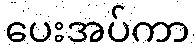
ပေးအပ်ကာ